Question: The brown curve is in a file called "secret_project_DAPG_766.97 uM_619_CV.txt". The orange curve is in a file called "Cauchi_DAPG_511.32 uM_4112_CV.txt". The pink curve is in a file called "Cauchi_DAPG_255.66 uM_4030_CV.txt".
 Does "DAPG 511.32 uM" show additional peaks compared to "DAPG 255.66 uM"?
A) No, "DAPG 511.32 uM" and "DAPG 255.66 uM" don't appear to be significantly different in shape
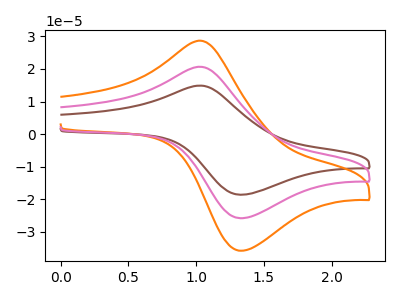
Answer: <think>The brown curve "DAPG 766.97 uM" has an anodic peak at (1.05V, 41.35uA) and a cathodic peak at (1.35V, -51.55uA). The orange curve "DAPG 511.32 uM" has an anodic peak at (1.05V, 28.65uA) and a cathodic peak at (1.35V, -35.75uA). The pink curve "DAPG 255.66 uM" has an anodic peak at (1.05V, 20.65uA) and a cathodic peak at (1.35V, -25.75uA).
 All the peaks in "DAPG 511.32 uM" have a peak in "DAPG 255.66 uM" at the same potential. Every peak in "DAPG 511.32 uM" is higher than every peak in "DAPG 255.66 uM".</think>
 <answer>A) No, "DAPG 511.32 uM" and "DAPG 255.66 uM" don't appear to be significantly different in shape</answer>
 <eval>A</eval>